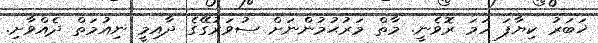
ޚަބަރު ކިޔާފަ ހަމަ ރޮވެނީ. މާތް މަރުޙުމުންނަށް ސުވަރުގޭގެ ދާއިމީ ނިއުމަތް ދެއްވާށި.